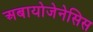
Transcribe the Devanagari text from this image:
अबायोजेनेसिस